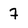
Character: 7